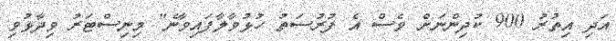
އަދި އިތުރު 900 ކުދިންނަށް ވެސް އެ ފުރުސަތު ހުޅުވާލާފައިވާނެ" މިނިސްޓަރު ވިދާޅުވި